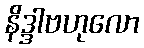
နိဒ္ဒါဗဟုလော